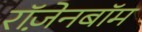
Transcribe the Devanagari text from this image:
रॉज़ेनबॉम